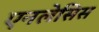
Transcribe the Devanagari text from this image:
एनलेसिस